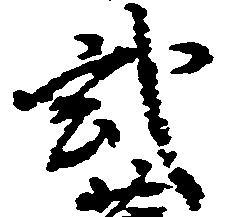
武